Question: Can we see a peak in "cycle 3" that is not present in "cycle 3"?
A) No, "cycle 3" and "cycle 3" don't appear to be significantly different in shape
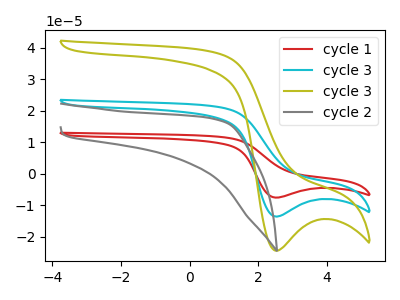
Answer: <think>The red curve "cycle 1" has a cathodic peak at: (2.55V, -27.15uA). The cyan curve "cycle 3" has a cathodic peak at: (2.55V, -13.55uA). The olive curve "cycle 3" has a cathodic peak at: (2.55V, -24.40uA). The gray curve "cycle 2" has no peaks.
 All the peaks in "cycle 3" have a peak in "cycle 3" at the same potential. Every peak in "cycle 3" is higher than every peak in "cycle 3".</think>
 <answer>A) No, "cycle 3" and "cycle 3" don't appear to be significantly different in shape</answer>
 <eval>A</eval>